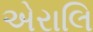
એરાલિ